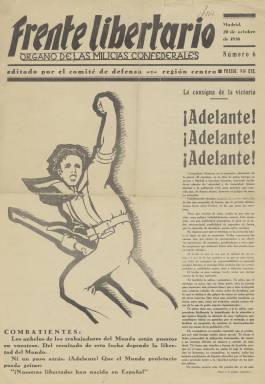
Título: Frente libertario (Madrid)
Colección: Guerra civil || Anarquismo || Periódicos
Ámbito geográfico: Madrid
Lugar de publicación: Madrid
Fechas: 20/10/1936-24/03/1939

Periódico anarquista que era el órgano de las milicias confederales, es decir, de las milicias formadas para afrontar la Guerra Civil por la Confederación Nacional del Trabajo (CNT), el sindicato anarquista. Era editado por el comité de defensa de la región Centro.

  La CNT no fue en sus inicios, en la segunda década del siglo XX, un sindicato con gran implantación en Madrid. Tenía el grueso de su fuerza sobre todo en Cataluña, Aragón y Andalucía, pero fue creciendo por toda España con el advenimiento de la República tras estar prohibida durante la dictadura de Primo de Rivera (1923-1930). Ya en la primavera de 1936, poco antes del inicio de la guerra, la CNT tenía peso entre los obreros madrileños y disputaba el predominio al sindicato socialista, la UGT, con enfrentamientos como el ocurrido con motivo de la huelga de la construcción.

   Este periódico no comenzó a editarse al comienzo de la guerra, sino unos meses después, cuando Madrid se disponía a su defensa para evitar su caída ante la ofensiva del bando nacional sublevado, que se había propuesto la toma de la capital. La colección de la BNE no está completa. Comienza con el número 6 y salta hasta el 31. A partir del número 43, de 29 de diciembre de 1936, apenas hay faltas hasta el número 121, de 21 de marzo de 1937, Luego solo quedan unos pocos números sueltos hasta el último, el 734, de 24 de marzo de 1939. Muy pocos números, si alguno, se editarían después pues el fin de la guerra estaba cerca. El bando nacional la dio por terminada el 1 de abril con el parte final firmado por Franco.

   Se trata de una publicación diaria de solo dos páginas, una hoja, cuya información y opinión estaba dirigida, como es lógico, al objetivo de reforzar la moral de los combatientes para ganar la guerra. Incluía con frecuencia alguna ilustración, dibujo o fotografía, mucho más frecuente lo primero, lo que contribuía a darle mayor atractivo.

   Además de estar centrada en los episodios de la guerra daba información del exterior, sobre todo de la política de no intervención mantenida por Inglaterra y Francia que tanto perjudicó al bando republicano. Los redactores de Frente Libertario critican con frecuencia a los líderes de esos países y les reprochan además que tengan influencia en la posición de los EEUU, inicialmente proclive al Gobierno republicano.

   La posición anarquista era hacer la guerra al tiempo que la revolución social, lo que chocaba con otras fuerzas de izquierda, como socialista y comunistas, que priorizaban ganar la guerra antes de tomar medidas revolucionarias. Estas dos posiciones chocaron en numerosas ocasiones durante la guerra, lo que contribuyó a debilitar al bando republicano. Podemos ver un curioso ejemplo en este periódico en el número 319 de 16 de octubre de 1937, siendo presidente del Gobierno Juan Negrín.

  En lugar de las apretadas columnas de texto habituales, la portada de ese día apareció casi toda en blanco con sólo unas palabras en tipografía alta que decían: ‘Visado por la censura’. Que un periódico destinado a combatientes que formaban parte de las fuerzas del Gobierno republicano fuera censurado es toda una anormalidad. En la otra página está la solución al enigma: hay artículos en los que se informa y se deploran los rumores sobre la implantación de una dictadura en el bando republicano, lo que era totalmente contrario a la ideología libertaria de la CNT.

   En el último número que posee la BNE, ya cercano el fin de la guerra, el Movimiento Libertario animaba a seguir la guerra para conseguir una paz honrosa negociada, lo cual no fue posible por la negativa de Franco a aceptar otra cosa que una rendición sin condiciones.

[Descripción publicada el 17/08/2022]